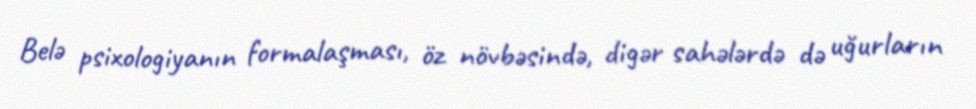
Belə psixologiyanın formalaşması, öz növbəsində, digər sahələrdə də uğurların